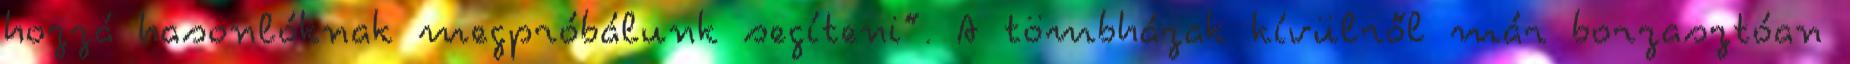
hozzá hasonlóknak megpróbálunk segíteni”. A tömbházak kívülről már borzasztóan